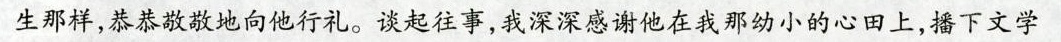
生那样，恭恭敬敬地向他行礼。谈起往事，我深深感谢他在我那幼小的心田上，播下文学